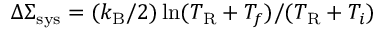
\Delta \Sigma _ { \mathrm { s y s } } = ( k _ { \mathrm { B } } / 2 ) \ln ( T _ { \mathrm { R } } + T _ { f } ) / ( T _ { \mathrm { R } } + T _ { i } )